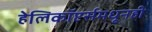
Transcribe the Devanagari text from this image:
हेलिकॉप्टर्समधूनही